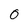
Character: 0